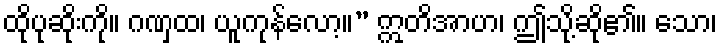
ထိုပုဆိုးကို။ ဂဏှထ၊ ယူကုန်လော့။” ဣတိအာဟ၊ ဤသို့ဆို၏။ သော၊